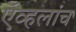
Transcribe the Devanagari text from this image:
ऍव्हलांच